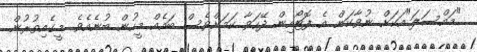
"މައްސަލަ"އަކަށް ނުވާކަން އެ ފޮޓޯއިން ދޭހަވާ ކަމަށްވެސް ބައެއް މީހުން ބުނެއެވެ. މީގެއިތުރުން